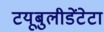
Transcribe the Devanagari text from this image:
टयूबुलीडेंटेटा